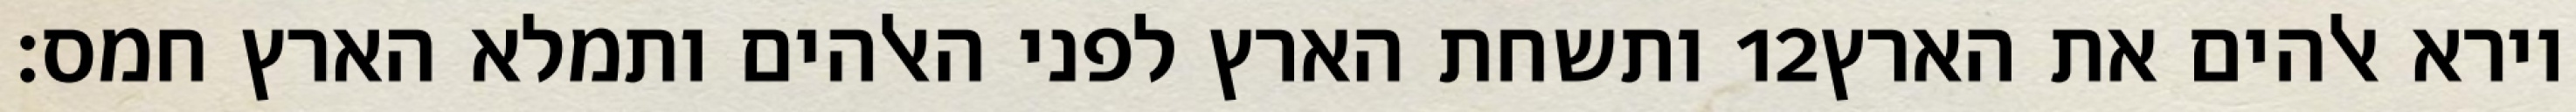
ותשחת הארץ לפני האלהים ותמלא הארץ חמס׃ ‎12‏ וירא אלהים את הארץ